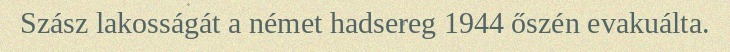
Szász lakosságát a német hadsereg 1944 őszén evakuálta.